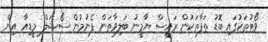
ވޯޓުތަކުގައި ބޮޑު ތަފާތަކުން ރައީސް ޔާމީނު ބަލިވާތަން ފެނުމުން ސޯޝަލް މީޑިއާ އިން